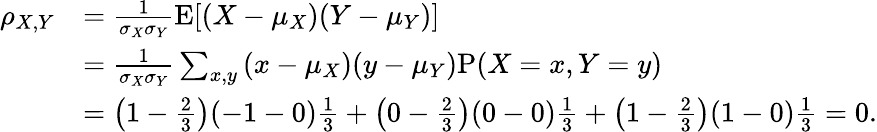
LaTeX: {\begin{array}{rl}{\rho_{X,Y}}&{={\frac{1}{\sigma_{X}\sigma_{Y}}}\mathrm{E}[(X-\mu_{X})(Y-\mu_{Y})]}\\ &{={\frac{1}{\sigma_{X}\sigma_{Y}}}\sum_{x,y}{(x-\mu_{X})(y-\mu_{Y})\mathrm{P}(X=x,Y=y)}}\\ &{=\left(1-{\frac{2}{3}}\right)(-1-0){\frac{1}{3}}+\left(0-{\frac{2}{3}}\right)(0-0){\frac{1}{3}}+\left(1-{\frac{2}{3}}\right)(1-0){\frac{1}{3}}=0.}\end{array}}